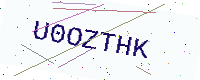
Text: U0OZTHK